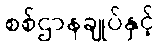
စစ်ဌာနချုပ်နှင့်